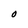
Character: O